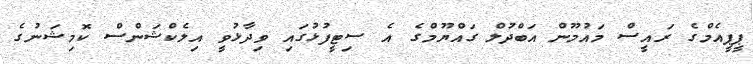
ޕީޕީއެމްގެ ރައީސް މައުމޫން އަބްދުލް ގައްޔޫމްގެ އެ ސިޓީފުޅުގައި ވިދާޅުވީ އިލެކްޝަންސް ކޮމިޝަނުގެ